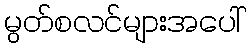
မွတ်စလင်များအပေါ်